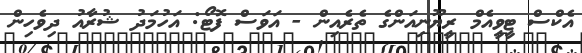
އެކްސް ޓީވީއެމް ރީޔޫނިއަންގެ ތެރެއިން - އަވަސް ފޮޓޯ: އަހުމަދު ޝުރާއު ދިވެހިން